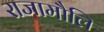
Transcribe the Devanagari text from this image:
राजामौलि